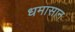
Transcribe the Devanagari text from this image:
धमासान